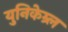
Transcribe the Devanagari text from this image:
युनिकेम्र्ल